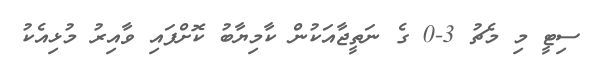
ސިޓީ މި މެޗު 3-0 ގެ ނަތީޖާއަކުން ކާމިޔާބު ކޮށްފައި ވާއިރު މުޅިއެކު